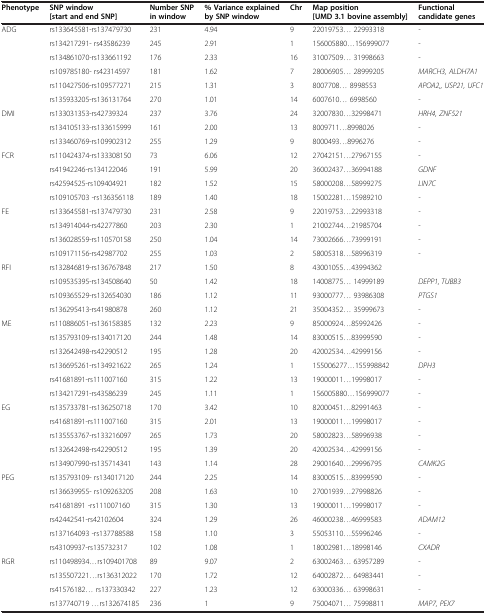
<table><thead><tr><td><b>Phenotype</b></td><td><b>SNP window [start and end SNP]</b></td><td><b>Number SNP in window</b></td><td><b>% Variance explained by SNP window</b></td><td><b>Chr</b></td><td><b>Map position [UMD 3.1 bovine assembly]</b></td><td><b>Functional candidate genes</b></td></tr></thead><tbody><tr><td>ADG</td><td>rs133645581-rs137479730</td><td>231</td><td>4.94</td><td>9</td><td>22019753... 22993318</td><td><i>-</i></td></tr><tr><td></td><td>rs134217291- rs43586239</td><td>245</td><td>2.91</td><td>1</td><td>156005880...156999077</td><td>-</td></tr><tr><td></td><td>rs134861070<i>-</i>rs133661192</td><td>176</td><td>2.33</td><td>16</td><td>31007509... 31998663</td><td>-</td></tr><tr><td></td><td>rs109785180<i>-</i> rs42314597</td><td>181</td><td>1.62</td><td>7</td><td>28006905... 28999205</td><td><i>MARCH3, ALDH7A1</i></td></tr><tr><td></td><td>rs110427506-rs109577271</td><td>215</td><td>1.31</td><td>3</td><td>8007708... 8998553</td><td><i>APOA2,, USP21, UFC1</i></td></tr><tr><td></td><td>rs135933205-rs136131764</td><td>270</td><td>1.01</td><td>14</td><td>6007610... 6998560</td><td>-</td></tr><tr><td>DMI</td><td>rs133031353-rs42739324</td><td>237</td><td>3.76</td><td>24</td><td>32007830...32998471</td><td><i>HRH4, ZNF521</i></td></tr><tr><td></td><td>rs134105133-rs133615999</td><td>161</td><td>2.00</td><td>13</td><td>8009711...8998026</td><td>-</td></tr><tr><td></td><td>rs133460769-rs109902312</td><td>255</td><td>1.29</td><td>9</td><td>8000493...8996276</td><td>-</td></tr><tr><td>FCR</td><td>rs110424374-rs133308150</td><td>73</td><td>6.06</td><td>12</td><td>27042151...27967155</td><td>-</td></tr><tr><td></td><td>rs41942246-rs134122046</td><td>191</td><td>5.99</td><td>20</td><td>36002437...36994188</td><td><i>GDNF</i></td></tr><tr><td></td><td>rs42594525-rs109404921</td><td>182</td><td>1.52</td><td>15</td><td>58000208...58999275</td><td><i>LIN7C</i></td></tr><tr><td></td><td>rs109105703 <i>-</i>rs136356118</td><td>189</td><td>1.40</td><td>18</td><td>15002281...15989210</td><td><i>-</i></td></tr><tr><td>FE</td><td>rs133645581-rs137479730</td><td>231</td><td>2.58</td><td>9</td><td>22019753...22993318</td><td><i>-</i></td></tr><tr><td></td><td>rs134914044-rs42277860</td><td>203</td><td>2.30</td><td>1</td><td>21002744...21985704</td><td>-</td></tr><tr><td></td><td>rs136028559-rs110570158</td><td>250</td><td>1.04</td><td>14</td><td>73002666...73999191</td><td>-</td></tr><tr><td></td><td>rs109171156-rs42987702</td><td>255</td><td>1.03</td><td>2</td><td>58005318...58996319</td><td>-</td></tr><tr><td>RFI</td><td>rs132846819-rs136767848</td><td>217</td><td>1.50</td><td>8</td><td>43001055...43994362</td><td></td></tr><tr><td></td><td>rs109535395-rs134508640</td><td>50</td><td>1.42</td><td>18</td><td>14008775... 14999189</td><td><i>DEPP1, TUBB3</i></td></tr><tr><td></td><td>rs109365529-rs132654030</td><td>186</td><td>1.12</td><td>11</td><td>93000777... 93986308</td><td><i>PTGS1</i></td></tr><tr><td></td><td>rs136295413-rs41980878</td><td>260</td><td>1.12</td><td>21</td><td>35004352... 35999673</td><td>-</td></tr><tr><td>ME</td><td>rs110886051<i>-</i>rs136158385</td><td>132</td><td>2.23</td><td>9</td><td>85000924...85992426</td><td>-</td></tr><tr><td></td><td>rs135793109-rs134017120</td><td>244</td><td>1.48</td><td>14</td><td>83000515...83999590</td><td><i>-</i></td></tr><tr><td></td><td>rs132642498-rs42290512</td><td>195</td><td>1.28</td><td>20</td><td>42002534...42999156</td><td>-</td></tr><tr><td></td><td>rs136695261-rs134921622</td><td>265</td><td>1.24</td><td>1</td><td>155006277...155998842</td><td><i>DPH3</i></td></tr><tr><td></td><td>rs41681891-rs111007160</td><td>315</td><td>1.22</td><td>13</td><td>19000011...19998017</td><td>-</td></tr><tr><td></td><td>rs134217291-rs43586239</td><td>245</td><td>1.11</td><td>1</td><td>156005880...156999077</td><td>-</td></tr><tr><td>EG</td><td>rs135733781-rs136250718</td><td>170</td><td>3.42</td><td>10</td><td>82000451...82991463</td><td>-</td></tr><tr><td></td><td>rs41681891-rs111007160</td><td>315</td><td>2.01</td><td>13</td><td>19000011...19998017</td><td>-</td></tr><tr><td></td><td>rs135553767-rs133216097</td><td>265</td><td>1.73</td><td>20</td><td>58002823...58996938</td><td>-</td></tr><tr><td></td><td>rs132642498-rs42290512</td><td>195</td><td>1.39</td><td>20</td><td>42002534...42999156</td><td>-</td></tr><tr><td></td><td>rs134907990-rs135714341</td><td>143</td><td>1.14</td><td>28</td><td>29001640...29996795</td><td><i>CAMK2G</i></td></tr><tr><td>PEG</td><td>rs135793109- rs134017120</td><td>244</td><td>2.25</td><td>14</td><td>83000515...83999590</td><td><i>-</i></td></tr><tr><td></td><td>rs136639955- rs109263205</td><td>208</td><td>1.63</td><td>10</td><td>27001939...27998826</td><td>-</td></tr><tr><td></td><td>rs41681891 <i>-</i>rs111007160</td><td>315</td><td>1.30</td><td>13</td><td>19000011...19998017</td><td>-</td></tr><tr><td></td><td>rs42442541-rs42102604</td><td>324</td><td>1.29</td><td>26</td><td>46000238...46999583</td><td><i>ADAM12</i></td></tr><tr><td></td><td>rs137164093 <i>-</i>rs137788588</td><td>158</td><td>1.10</td><td>3</td><td>55053110...55996246</td><td>-</td></tr><tr><td></td><td>rs43109937-rs135732317</td><td>102</td><td>1.08</td><td>1</td><td>18002981...18998146</td><td><i>CXADR</i></td></tr><tr><td>RGR</td><td>rs110498934<i>...</i>rs109401708</td><td>89</td><td>9.07</td><td>2</td><td>63002463... 63957289</td><td>-</td></tr><tr><td></td><td>rs135507221...rs136312022</td><td>170</td><td>1.72</td><td>12</td><td>64002872... 64983441</td><td>-</td></tr><tr><td></td><td>rs41576182... rs137330342</td><td>227</td><td>1.23</td><td>12</td><td>63000336... 63998631</td><td>-</td></tr><tr><td></td><td>rs137740719 <i>...</i>rs132674185</td><td>236</td><td>1</td><td>9</td><td>75004071... 75998811</td><td><i>MAP7, PEX7</i></td></tr></tbody></table>